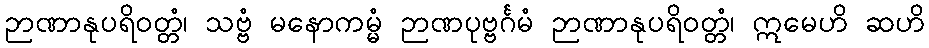
ဉာဏာနုပရိဝတ္တံ၊ သဗ္ဗံ မနောကမ္မံ ဉာဏပုဗ္ဗင်္ဂမံ ဉာဏာနုပရိဝတ္တံ၊ ဣမေဟိ ဆဟိ